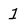
Character: 1